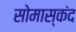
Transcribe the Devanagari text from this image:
सोमास्कंद